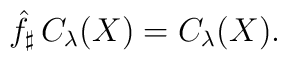
\hat f_\sharp\,C_\lambda(X)= C_{\lambda}(X).